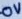
Text: 0V